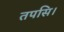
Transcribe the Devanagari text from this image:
तपसि।